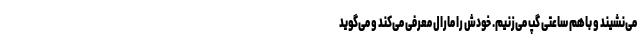
می‌نشیند و باهم ساعتی گپ می‌زنیم. خودش را مارال معرفی می‌کند و می‌گوید